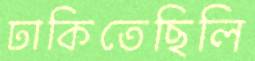
ঢাকিতেছিলি